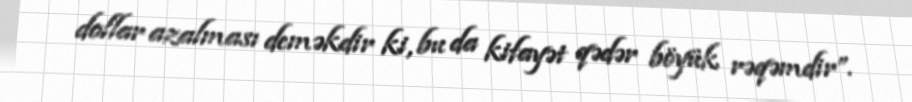
dollar azalması deməkdir ki, bu da kifayət qədər böyük rəqəmdir”.